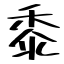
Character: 黍